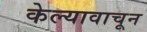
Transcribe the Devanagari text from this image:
केल्यावाचून